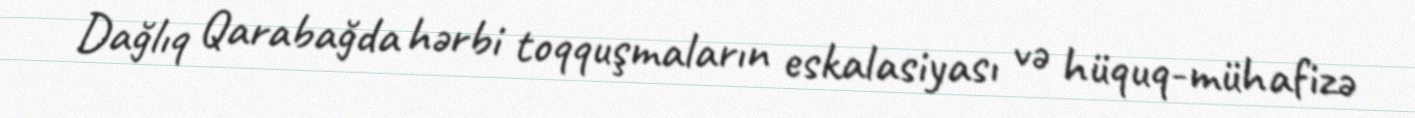
Dağlıq Qarabağda hərbi toqquşmaların eskalasiyası və hüquq-mühafizə